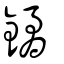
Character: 鐍